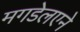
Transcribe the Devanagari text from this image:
मगडेलएने